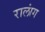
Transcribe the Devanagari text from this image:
रालांग